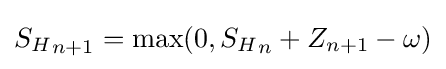
{S_{H}}_{n+1}=\max(0,{S_{H}}_{n}+Z_{n+1}-\omega )